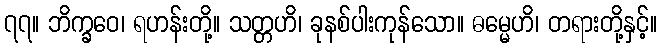
၇၇။ ဘိက္ခဝေ၊ ရဟန်းတို့။ သတ္တဟိ၊ ခုနစ်ပါးကုန်သော။ ဓမ္မေဟိ၊ တရားတို့နှင့်။